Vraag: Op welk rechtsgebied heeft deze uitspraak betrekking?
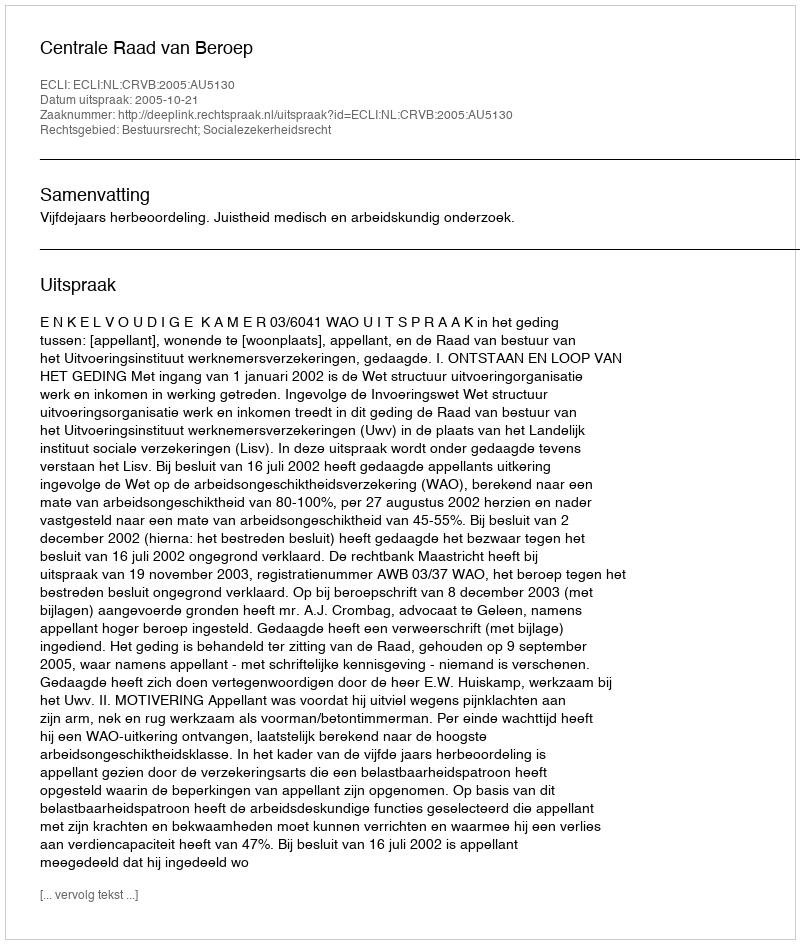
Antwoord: Bestuursrecht; Socialezekerheidsrecht